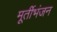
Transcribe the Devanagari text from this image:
मूर्तीभंजन